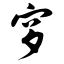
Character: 穸